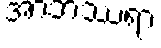
အာဘဿရာ